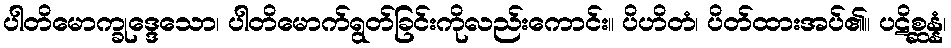
ပါတိမောက္ခုဒ္ဒေသော၊ ပါတိမောက်ရွတ်ခြင်းကိုလည်းကောင်း။ ပိဟိတံ၊ ပိတ်ထားအပ်၏။ ပဋိစ္ဆန္နံ၊